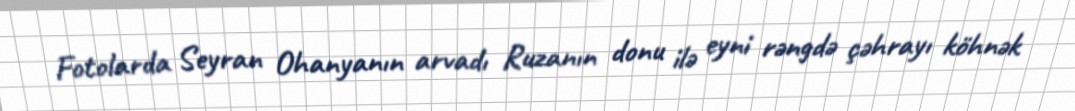
Fotolarda Seyran Ohanyanın arvadı Ruzanın donu ilə eyni rəngdə çəhrayı köhnək